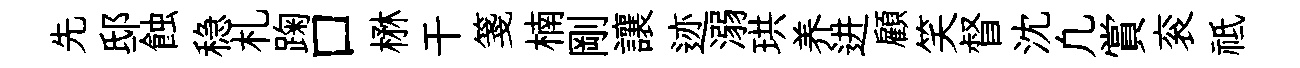
先邸蝕稳札踘口楙干箋楠剛讓迹溺珙养进顧笑督沈凢賞衮祗